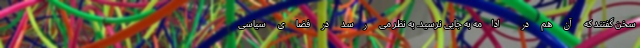
سخن گفتند که آن هم در ادامه به جایی نرسید. به نظر می رسد در فضای سیاسی